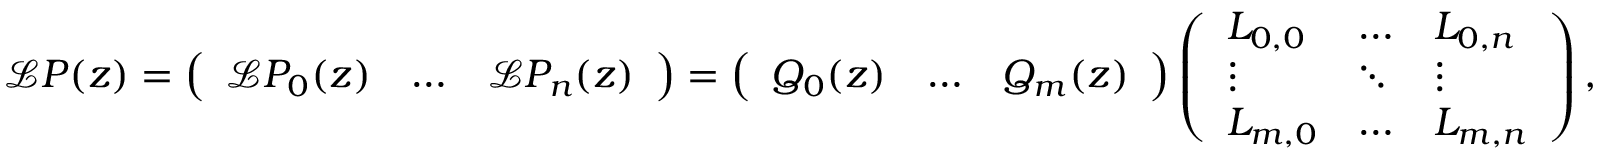
\mathcal { L } \boldsymbol { P } ( z ) = \left( \begin{array} { l l l } { \mathcal { L } P _ { 0 } ( z ) } & { \hdots } & { \mathcal { L } P _ { n } ( z ) } \end{array} \right) = \left( \begin{array} { l l l } { Q _ { 0 } ( z ) } & { \hdots } & { Q _ { m } ( z ) } \end{array} \right) \left( \begin{array} { l l l } { L _ { 0 , 0 } } & { \hdots } & { L _ { 0 , n } } \\ { \vdots } & { \ddots } & { \vdots } \\ { L _ { m , 0 } } & { \hdots } & { L _ { m , n } } \end{array} \right) ,